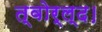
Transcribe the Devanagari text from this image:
त्वोर्ल्द।